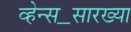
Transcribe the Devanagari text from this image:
व्हेन्स॒सारख्या